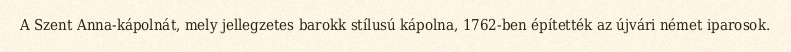
A Szent Anna-kápolnát, mely jellegzetes barokk stílusú kápolna, 1762-ben építették az újvári német iparosok.